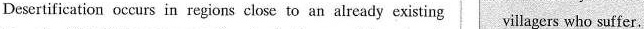
Desertification occurs in regions close to an already existing villagers who suffer.